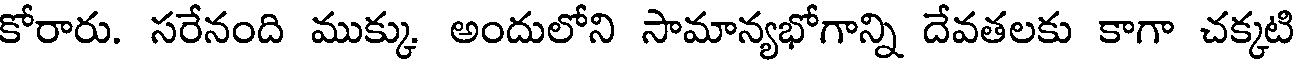
కోరారు. సరేనంది ముక్కు అందులోని సామాన్యభోగాన్ని దేవతలకు కాగా చక్కటి